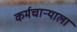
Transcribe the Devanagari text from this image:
कर्मचाऱ्याला